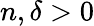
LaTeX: n,\delta>0